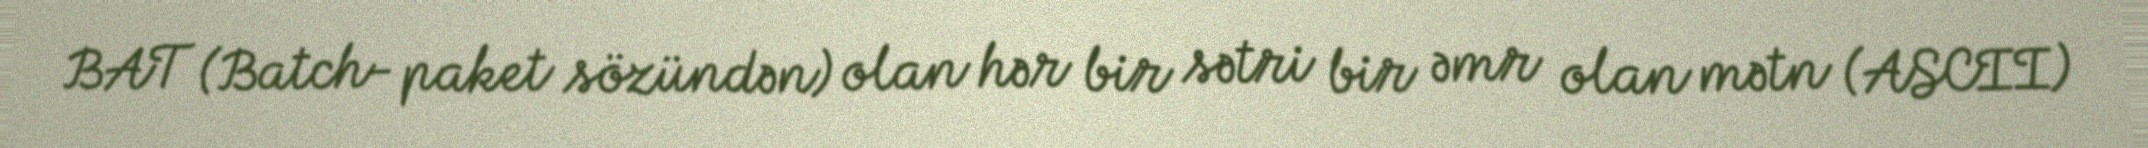
BAT (Batch- paket sözündən) olan hər bir sətri bir əmr olan mətn (ASCII)